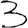
Digit: 3